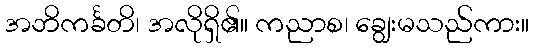
အဘိကင်္ခတိ၊ အလိုရှိ၏။ ကညာစ၊ ချွေးမသည်ကား။